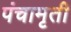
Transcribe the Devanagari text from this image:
पंचामृती